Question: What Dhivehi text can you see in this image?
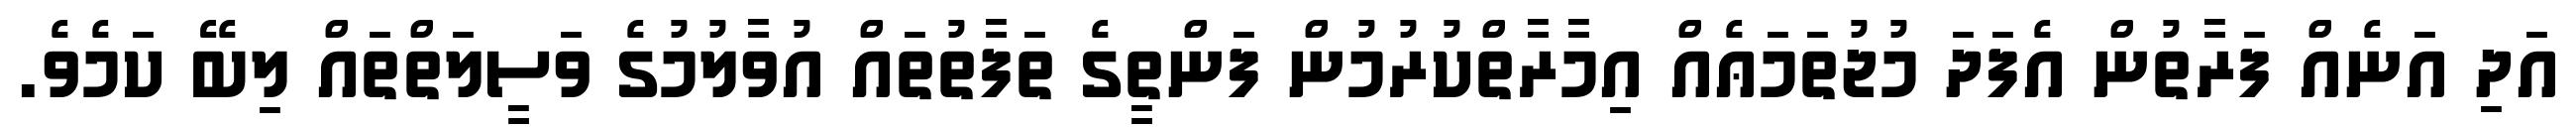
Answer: އަދި އަނެއް ފަރާތުން އެފަދަ މުޖުތަމަޢެއް އިމާރާތްކުރުމުން ފަންތީގެ ތަފާތުތައް އުވާލުމުގެ ވަސީލަތްތައް ލިބޭ ކަމެވެ.